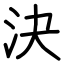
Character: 決